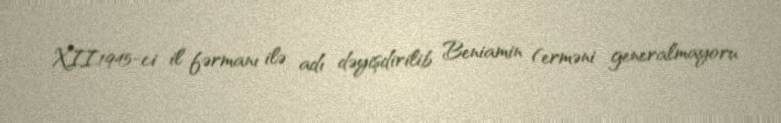
XII.1945-ci il fərmanı ilə adı dəyişdirilib Beniamin (erməni generalmayoru